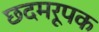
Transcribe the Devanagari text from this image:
छदमरूपक